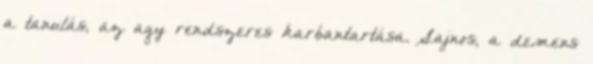
a tanulás, az agy rendszeres karbantartása. Sajnos, a demens